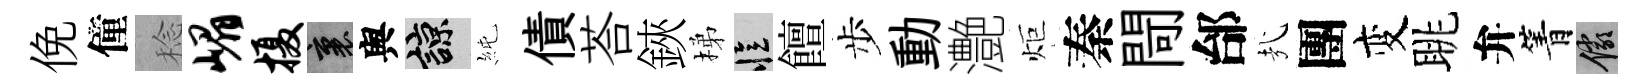
俛僮稔嵋摄裏舆諒純債荅鋏梯忆饘步動灔炬秦閜邰㢤團变眺弁箐儼